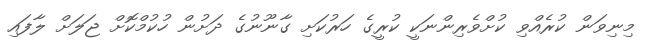
މިނިވަން ކުރެއްވި ކުށްވެރިންނަކީ ކުރީގެ ހަރުކަށި ގާނޫނުގެ ދަށުން ހުކުމްކޮށް ޖަލަށް ލާފައި